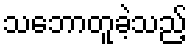
သဘောတူခဲ့သည့်